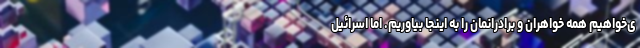
ی‌خواهیم همه خواهران و برادرانمان را به اینجا بیاوریم. اما اسرائیل